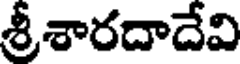
శ్రీశారదాదేవి